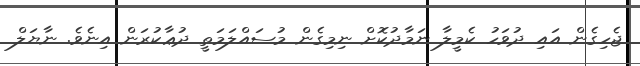
ޖެހިގެން އައި ދުވަހު ކެމީލާ ނަމާދުކޮށް ނިމިގެން މުސައްލަމަތީ ދުޢާކުރަން އިނެވެ. ނާޔަލް